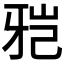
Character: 𱭤